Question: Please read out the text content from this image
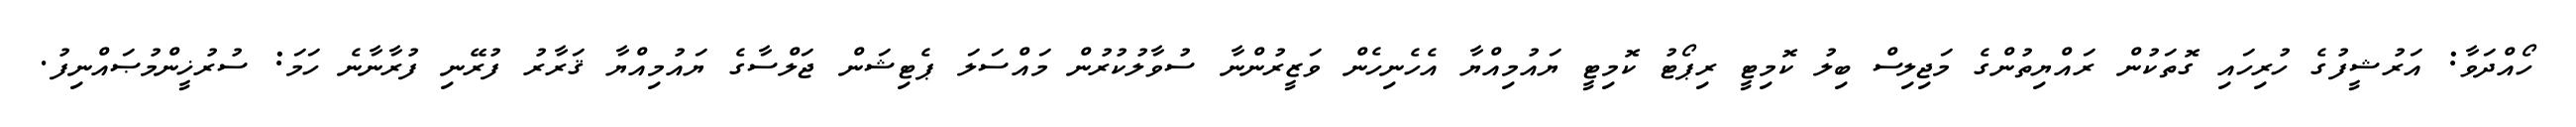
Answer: ހޯއްދަވާ: އަރުޝީފުގެ ހުރިހައި ގޮތަކުން ރައްޔިތުންގެ މަޖިލިސް ބިލު ކޮމިޓީ ރިޕޯޓު ކޮމިޓީ ޔައުމިއްޔާ އެހެނިހެން ވަޒީރުންނާ ސުވާލުކުރުން މައްސަލަ ޕެޓިޝަން ޖަލްސާގެ ޔައުމިއްޔާ ޤަރާރު ފުރޭނި ފުރާނާނެ ހަމަ: ސުރުޚީންމުޞައްނިފު.